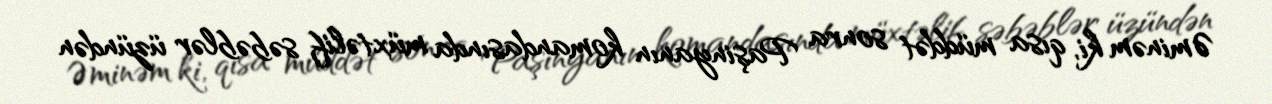
Əminəm ki, qısa müddət sonra Paşinyanın komandasında müxtəlif səbəblər üzündən